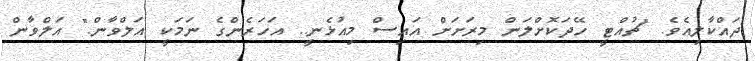
ދައްކާލިއެވެ. "ޗުއްޓީ ހޭދަކޮށްލަން މިރަށަށް އައިސް މިއުޅެނީ.. އަހަރެންގެ ނަމަކީ އަލްވާން." އަލްވާން